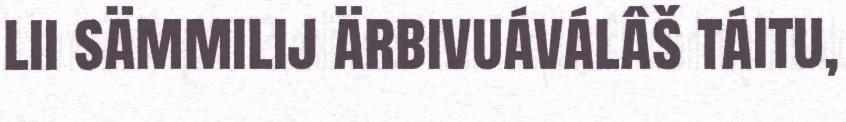
lii sämmilij ärbivuáválâš táitu,